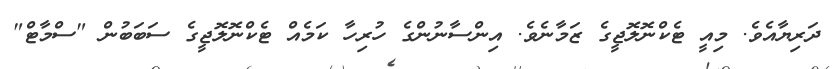
ދަރިޔާއެވެ. މިއީ ޓެކްނޮލޮޖީގެ ޒަމާނެވެ. އިންސާނުންގެ ހުރިހާ ކަމެއް ޓެކްނޮލޮޖީގެ ސަބަބުން "ސްމާޓް"